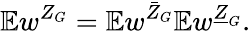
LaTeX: \mathbb{E}w^{Z_{G}}=\mathbb{E}w^{\bar{Z}_{G}}\mathbb{E}w^{\underline{{Z}}_{G}}.